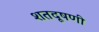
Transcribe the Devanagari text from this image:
शतदूषणी